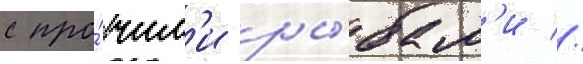
с про́чим'и ры́бам'и //